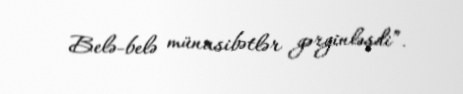
Belə-belə münasibətlər gərginləşdi”.